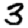
Digit: 3